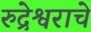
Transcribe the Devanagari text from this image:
रुद्रेश्वराचे